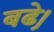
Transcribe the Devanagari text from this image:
बढे़।